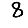
Digit: 8